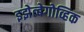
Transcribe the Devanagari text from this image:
इझेत्बेगोव्हिक